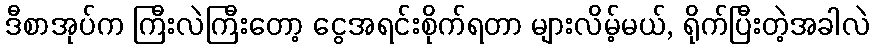
ဒီစာအုပ်က ကြီးလဲကြီးတော့ ငွေအရင်းစိုက်ရတာ များလိမ့်မယ်, ရိုက်ပြီးတဲ့အခါလဲ